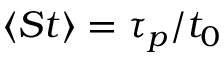
\langle S t \rangle = \tau _ { p } / t _ { 0 }